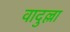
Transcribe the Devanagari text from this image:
वादुल्ला